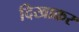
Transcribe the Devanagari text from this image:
दिखाक्रर